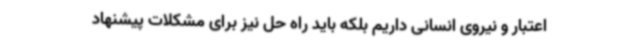
اعتبار و نیروی انسانی داریم بلکه باید راه حل نیز برای مشکلات پیشنهاد